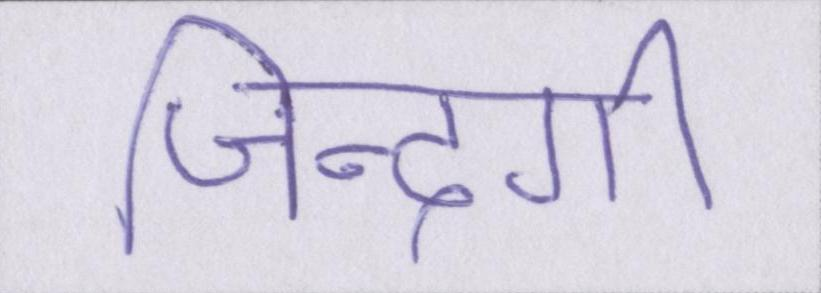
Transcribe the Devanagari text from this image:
जिन्दगी